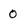
Character: 0